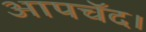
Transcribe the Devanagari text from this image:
आपचॅद।